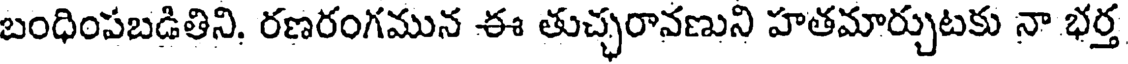
బంధింపబడితిని, రణరంగమున ఈ తుచ్చరావణుని హతమార్చుటకు నా భర్త